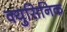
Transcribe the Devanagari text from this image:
क्युसिनिक